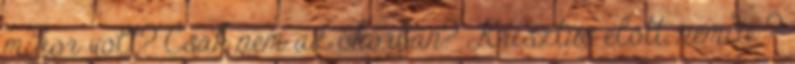
mikor volt? Csak nem az ókorban? Krisztus előtt, nemde ?